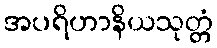
အပရိဟာနိယသုတ္တံ